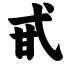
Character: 甙